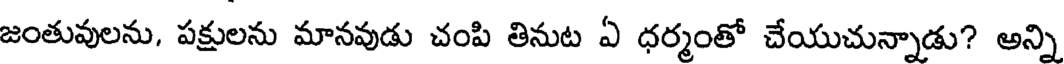
జంతువులను, పక్షులను మానవుడు చంపి తినుట ఏ ధర్మంతో చేయుచున్నాడు? అన్ని